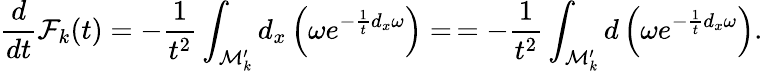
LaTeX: \frac{d}{dt}{\cal F}_{k}(t)=-\frac{1}{t^{2}}\int_{{\cal M}_{k}^{\prime}}d_{x}\left(\omega e^{-\frac{1}{t}d_{x}\omega}\right)=\, =-\frac{1}{t^{2}}\int_{{\cal M}_{k}^{\prime}}d\left(\omega e^{-\frac{1}{t}d_{x}\omega}\right).